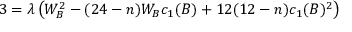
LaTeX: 3 = \lambda \left( W _ { B } ^ { 2 } - ( 2 4 - n ) W _ { B } c _ { 1 } ( B ) + 1 2 ( 1 2 - n ) c _ { 1 } ( B ) ^ { 2 } \right)